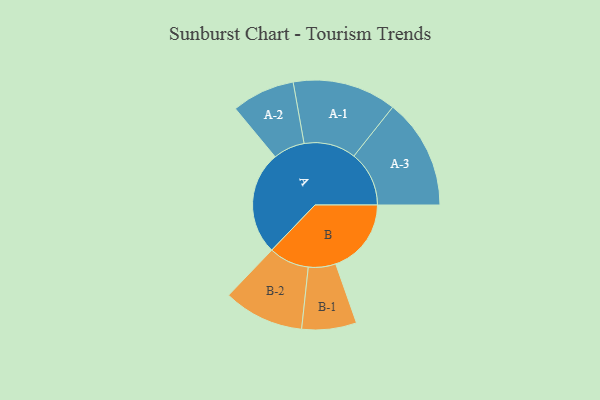
{"axis": {"x": "Segment", "y": "Value"}, "legend": ["", "A", "B"], "data": [{"x": "A", "y": 416, "type": ""}, {"x": "B", "y": 304, "type": ""}, {"x": "A-1", "y": 209, "type": "A"}, {"x": "A-2", "y": 127, "type": "A"}, {"x": "A-3", "y": 222, "type": "A"}, {"x": "B-1", "y": 110, "type": "B"}, {"x": "B-2", "y": 162, "type": "B"}]}